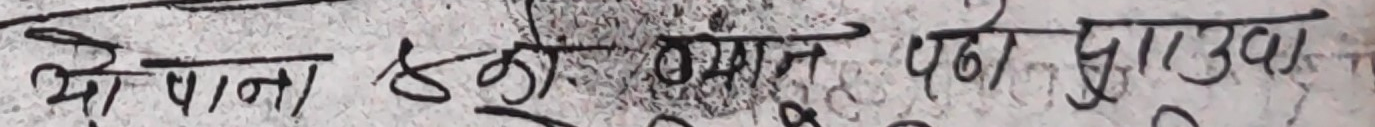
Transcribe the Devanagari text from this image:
ओपाना खु समान पर्छु उभ